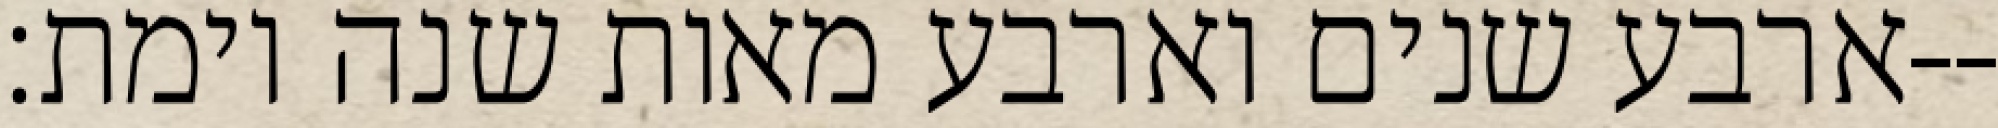
ארבע שנים וארבע מאות שנה וימת׃--